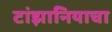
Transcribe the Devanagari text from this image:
टांझानियाचा